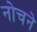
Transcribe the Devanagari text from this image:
नोचने